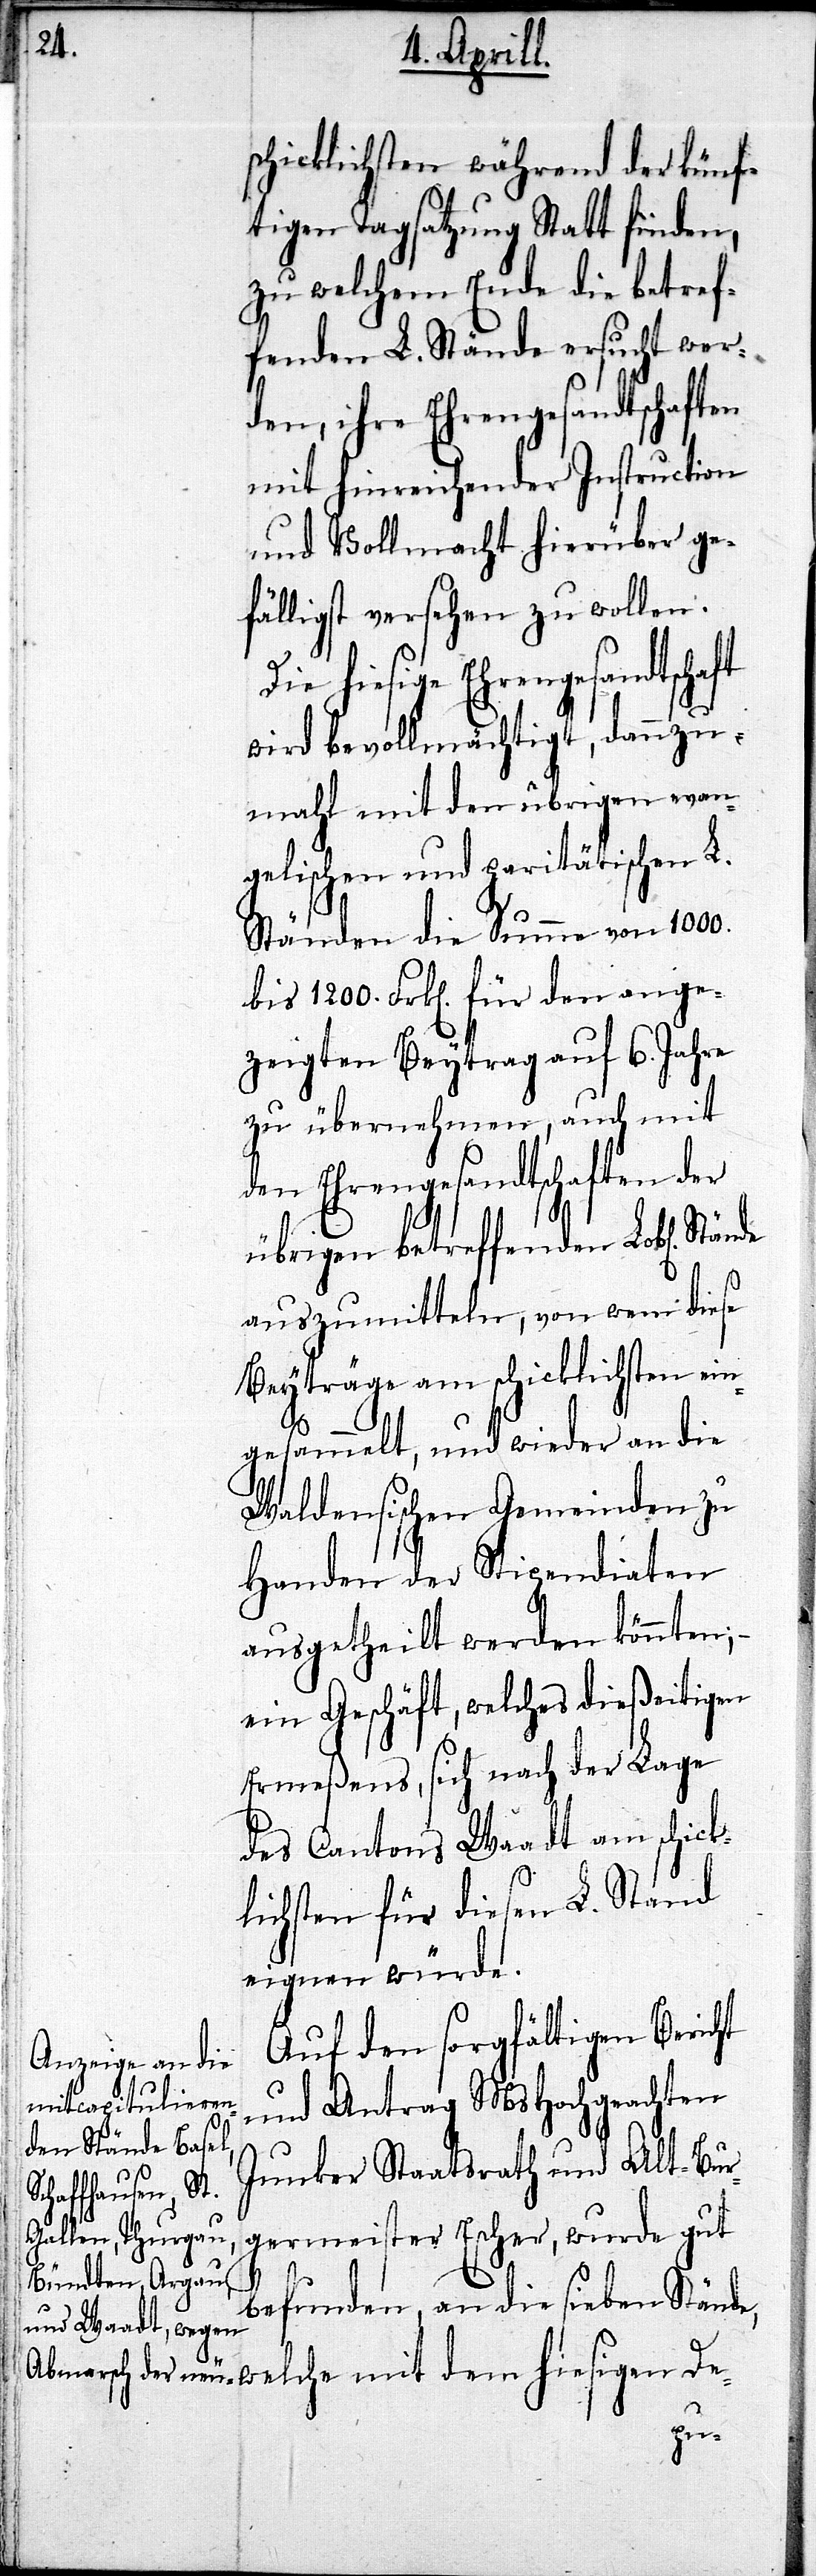
schicklichsten während der künf¬
tigen Tagsatzung Statt finden,
zu welchem Ende die betref¬
fenden L. Stände ersucht wer¬
den, ihre Ehrengesandtschaften
mit hinreichender Instruction
und Vollmacht hierüber ge¬
fälligst versehen zu wollen.
hiesige Ehrengesandtschaft
wird bevollmächtigt, dannzu¬
mahl mit den übrigen evan¬
gelischen und paritätischen L.
Ständen die Summe von 1000.
bis 1200. Frk[en]. für den ange¬
zeigten Beytrag auf 6. Jahre
zu übernehmen, auch mit
den Ehrengesandtschaften der
übrigen betreffenden Lobl[ichen].
auszumitteln, von wem diese
Beyträge am schicklisten ein¬
gesammelt, und wieder an die
Waldensischen Gemeinden zu
Handen der Stipendiaten
ausgetheilt werden könnten;–
ein Geschäft, welches dießseitigen
Ermeßens, sich nach der Lage
des Cantons Waadt am schick¬
lichsten für diesen L. Stand
eignen würde.
Auf den sorgfältigen Bericht
und Antrag MsHochgeachten
Junker Staatsrath und Alt-Bur¬
germeister Escher, wurde gut
befunden, an die sieben Ständ¬
e, welche mit dem hiesigen De-